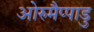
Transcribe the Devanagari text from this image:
ओरुमैप्पाडु